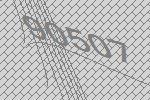
90507